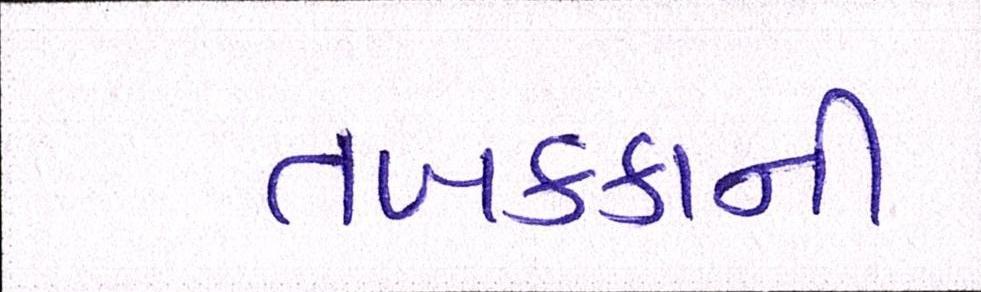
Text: તબક્કાની